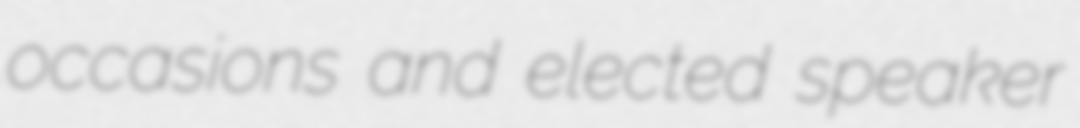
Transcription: occasions and elected speaker